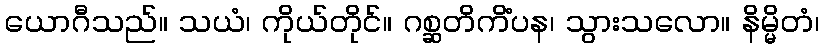
ယောဂီသည်။ သယံ၊ ကိုယ်တိုင်။ ဂစ္ဆတိကိံပန၊ သွားသလော။ နိမ္မိတံ၊